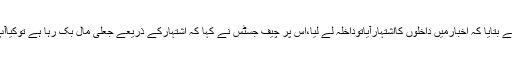
متاثرہ طالبعلم نے بتایا کہ اخبارمیں داخلوں کااشتہارآیاتوداخلہ لے لیا،اس پر چیف جسٹس نے کہا کہ اشتہارکے ذریعے جعلی مال بک رہا ہے توکیاآپ خریدلیں گے۔